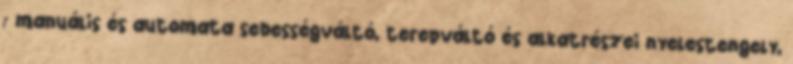
; manuális és automata sebességváltó, terepváltó és alkatrészei nyelestengely,